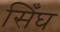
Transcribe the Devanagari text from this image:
सिँघ